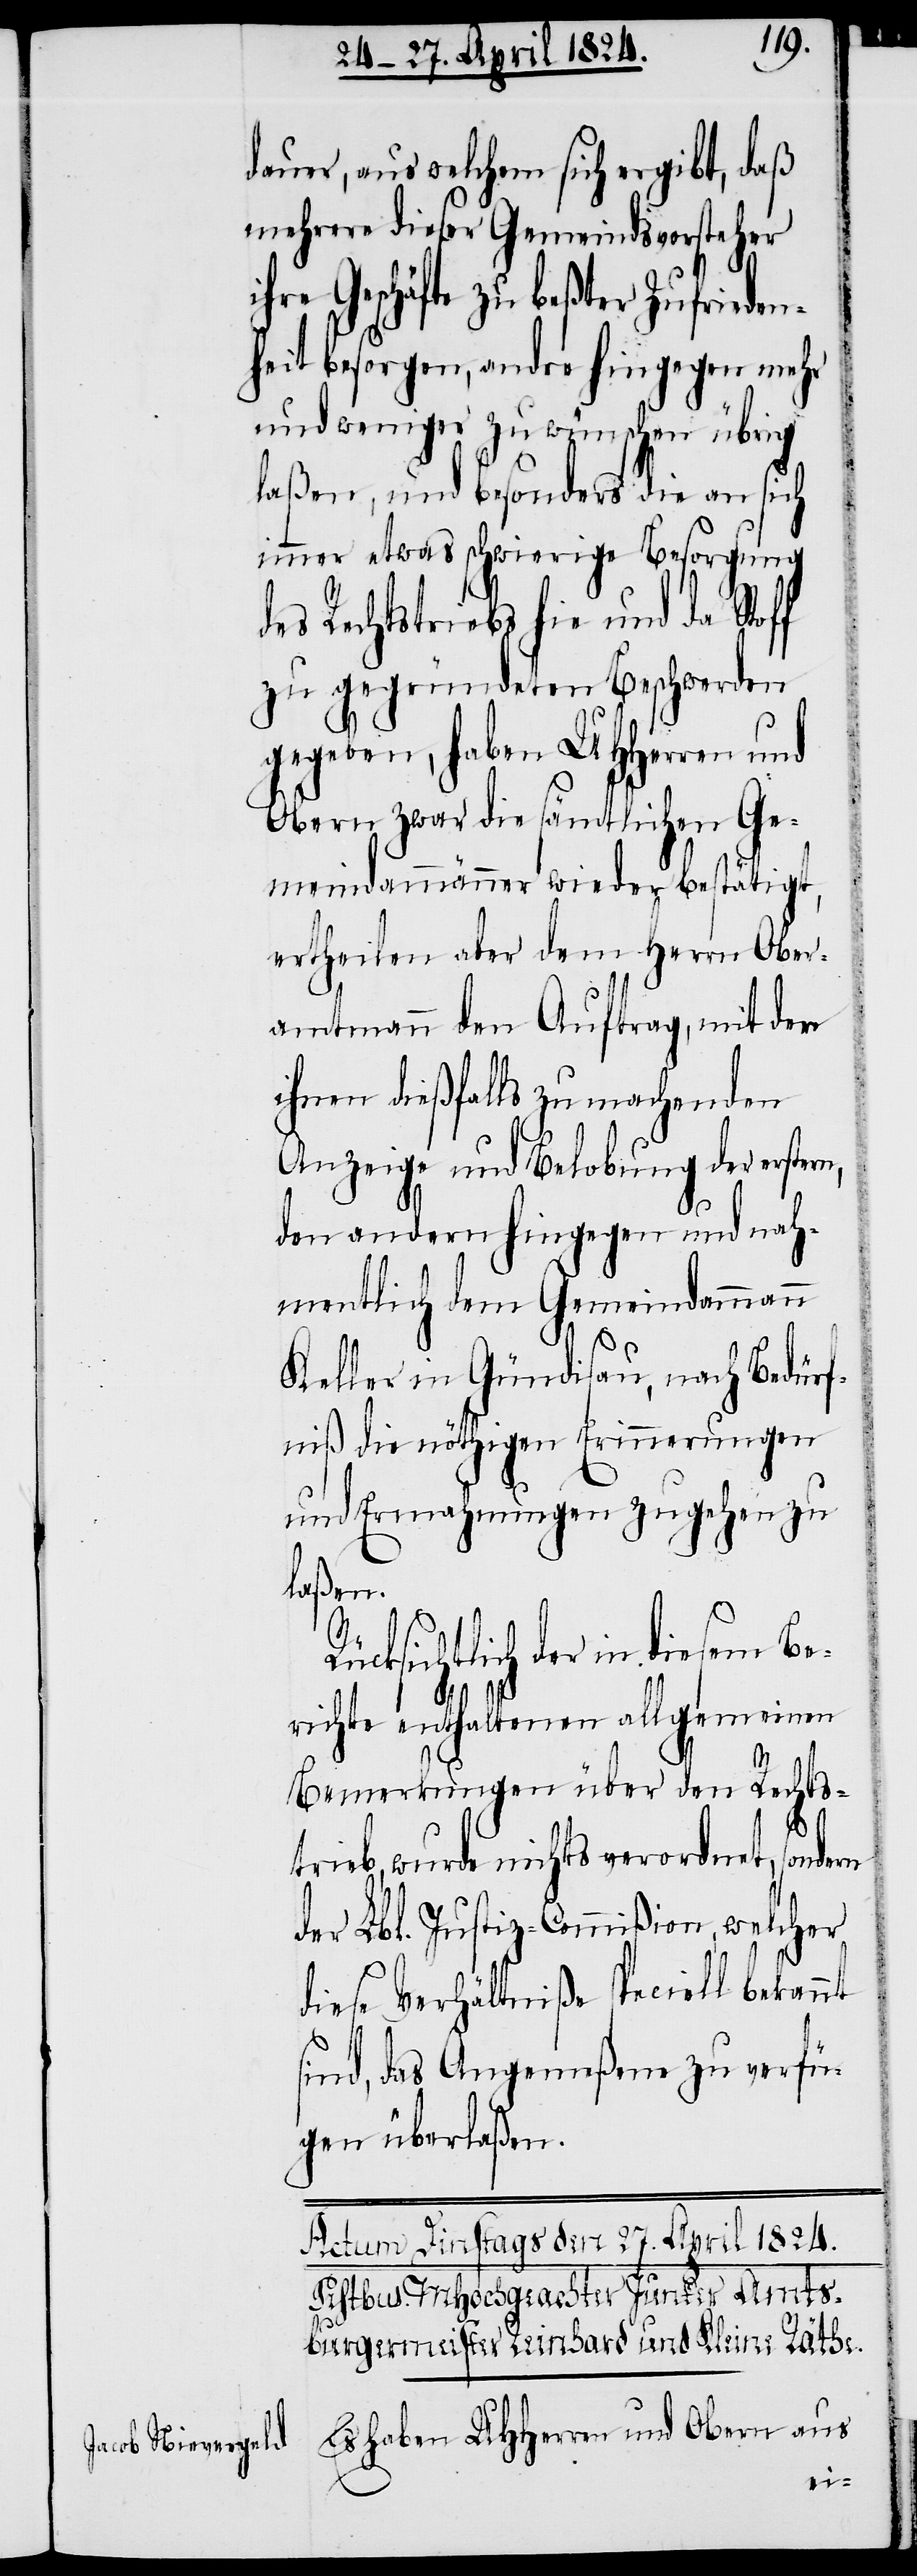
dauer, aus welchem sich ergibt, daß
mehrere dieser Gemeindsvorsteher
ihre Geschäfte zu beßter Zufrieden¬
heit besorgen, andre hingegen mehr
und weniger zu wünschen übrig
laßen, und besonders die an sich
immer etwas schwierige Besorgung
des Rechtstriebs hie und da Stoff
zu gegründeten Beschwerden
gegeben, haben UHHerren und
Obern zwar die sämtlichen Ge¬
meindammänner wieder bestätigt,
ertheilen aber dem Herrn Ober¬
amtmann den Auftrag, mit den
ihnen dießfalls zu machenden
Anzeige und Belobung der erste¬
den anderen hingegen und nah¬
mentlich dem Gemeindammann
Keller in Gründisau, nach Bedürf¬
niß die nöthigen Erinnerungen
und Ermahnungen zugehen zu
laßen.
cksichtlich der in diesem Be¬
richte enthaltenen allgemeinen
Bemerkungen über den Rechts¬
trieb, wurde nichts verordnet, sonde¬
der Lbl. Justiz-Commißion, welcher
diese Verhältniße speciell bekannt
sind, das Angemeßene zu verfü¬
gen überlaßen.
Es haben UHHerren und Obern aus
rn